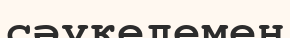
сәукелемен